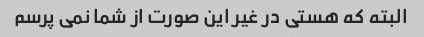
البته که هستی در غیر این صورت از شما نمی پرسم